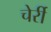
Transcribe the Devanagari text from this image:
चेर्री